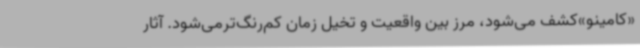
«کامینو»کشف می‌شود، مرز بین واقعیت و تخیل زمان کم‌رنگ‌ترمی‌شود. آثار